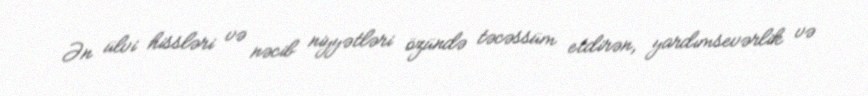
Ən ülvi hissləri və nəcib niyyətləri özündə təcəssüm etdirən, yardımsevərlik və